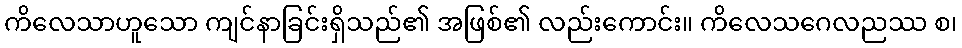
ကိလေသာဟူသော ကျင်နာခြင်းရှိသည်၏ အဖြစ်၏ လည်းကောင်း။ ကိလေသဂေလညဿ စ၊